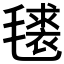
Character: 𭯧